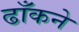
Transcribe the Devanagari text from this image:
ढाँकने